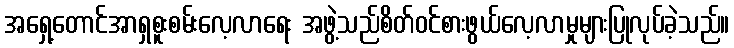
အရှေ့တောင်အာရှစူးစမ်းလေ့လာရေး အဖွဲ့သည်စိတ်ဝင်စားဖွယ်လေ့လာမှုများပြုလုပ်ခဲ့သည်။